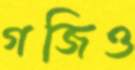
গজিও